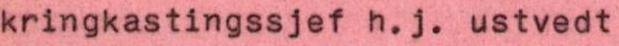
kringkastingssjef h.j. ustvedt